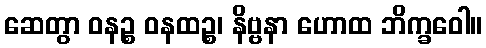
ဆေတွာ ဝနဉ္စ ဝနထဉ္စ၊ နိဗ္ဗနာ ဟောထ ဘိက္ခဝေါ။